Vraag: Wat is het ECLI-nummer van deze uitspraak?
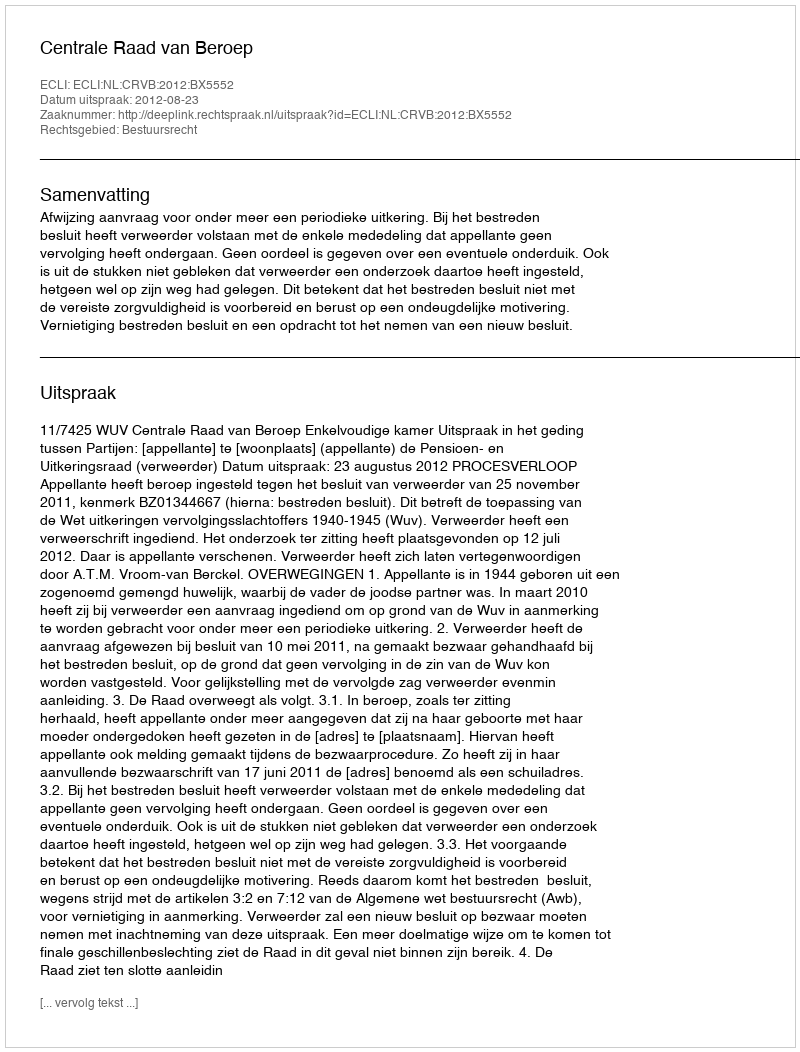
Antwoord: ECLI:NL:CRVB:2012:BX5552